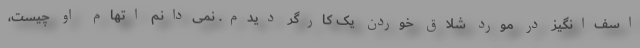
اسف‌انگیز در مورد شلاق خوردن یک کارگر دیدم. نمی‌دانم اتهام او چیست،